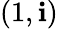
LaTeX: (1,\mathbf{i})